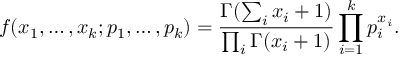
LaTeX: f ( x _ { 1 } , \dots , x _ { k } ; p _ { 1 } , \ldots , p _ { k } ) = { \frac { \Gamma ( \sum _ { i } x _ { i } + 1 ) } { \prod _ { i } \Gamma ( x _ { i } + 1 ) } } \prod _ { i = 1 } ^ { k } p _ { i } ^ { x _ { i } } .